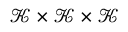
\mathcal { K } \times \mathcal { K } \times \mathcal { K }